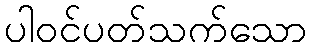
ပါဝင်ပတ်သက်သော